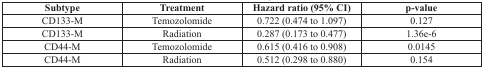
| Subtype | Treatment | Hazard ratio (95% CI) | p-value |
 | --- | --- | --- | --- |
 | CD133-M | Temozolomide | 0.722 (0.474 to 1.097) | 0.127 |
 | CD133-M | Radiation | 0.287 (0.173 to 0.477) | 1.36e-6 |
 | CD44-M | Temozolomide | 0.615 (0.416 to 0.908) | 0.0145 |
 | CD44-M | Radiation | 0.512 (0.298 to 0.880) | 0.154 |